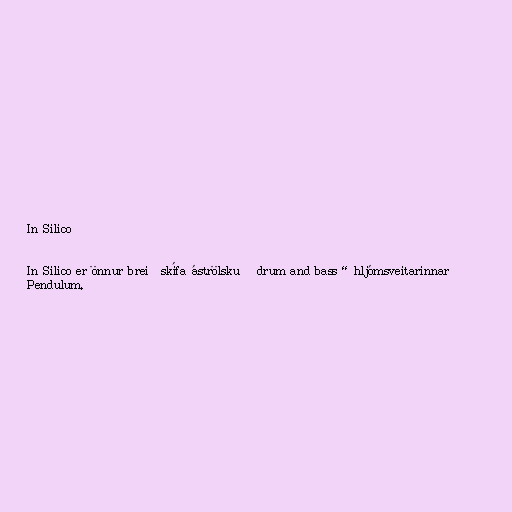
In Silico

In Silico er önnur breiðskífa áströlsku „drum and bass“ hljómsveitarinnar
Pendulum.